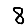
Digit: 8